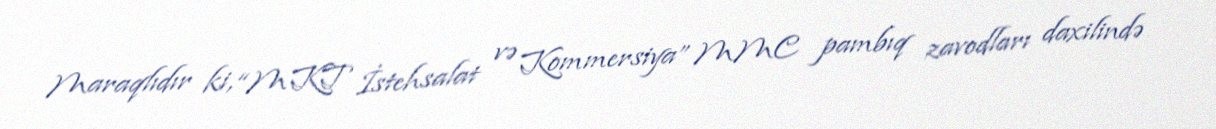
Maraqlıdır ki, “MKT İstehsalat və Kommersiya” MMC pambıq zavodları daxilində